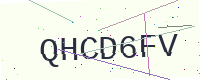
Text: QHCD6FV